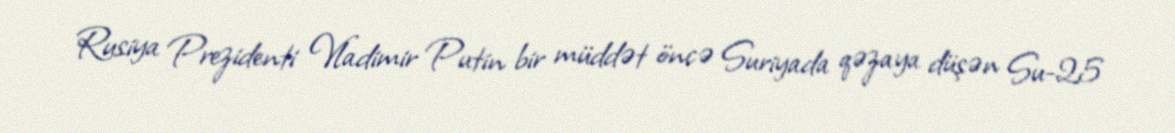
Rusiya Prezidenti Vladimir Putin bir müddət öncə Suriyada qəzaya düşən Su-25